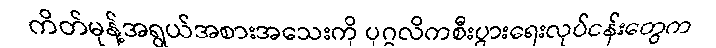
ကိတ်မုန့်အရွယ်အစားအသေးကို ပုဂ္ဂလိကစီးပွားရေးလုပ်ငန်းတွေက